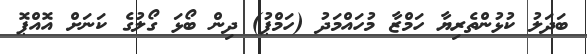
ބަދަލު ކުޅުންތެރިޔާ ހަމްޒާ މުހައްމަދު (ހަމްޕު) ދިން ބޯޅަ ގޯލުގެ ކަނަށް އޮއްޕޮ